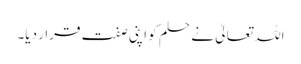
اللہ تعالیٰ نے حلم کو اپنی صفت قرار دیا۔